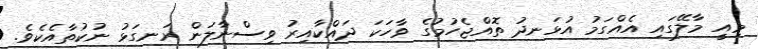
މިއީ މާލޭގައި އެއްގަމު އުޅަނދު ތޮއްޖެހުމުގެ ވާހަކަ ދައްކާއިރު ވިސްނާލަން ރަނގަޅު ނުކުތާއެކެވެ.